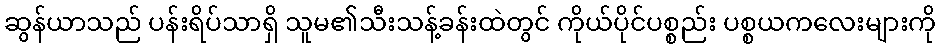
ဆွန်ယာသည် ပန်းရိပ်သာရှိ သူမ၏သီးသန့်ခန်းထဲတွင် ကိုယ်ပိုင်ပစ္စည်း ပစ္စယကလေးများကို